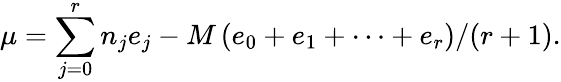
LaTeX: \mu=\sum_{j=0}^{r}n_{j}e_{j}-M\left(e_{0}+e_{1}+\cdots+e_{r}\right)/(r+1).